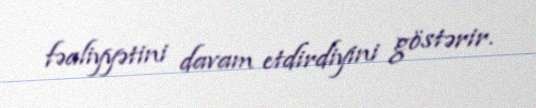
fəaliyyətini davam etdirdiyini göstərir.